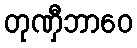
တုဏှီဘာဝေ